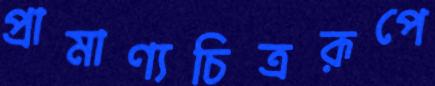
প্রামাণ্যচিত্ররূপে